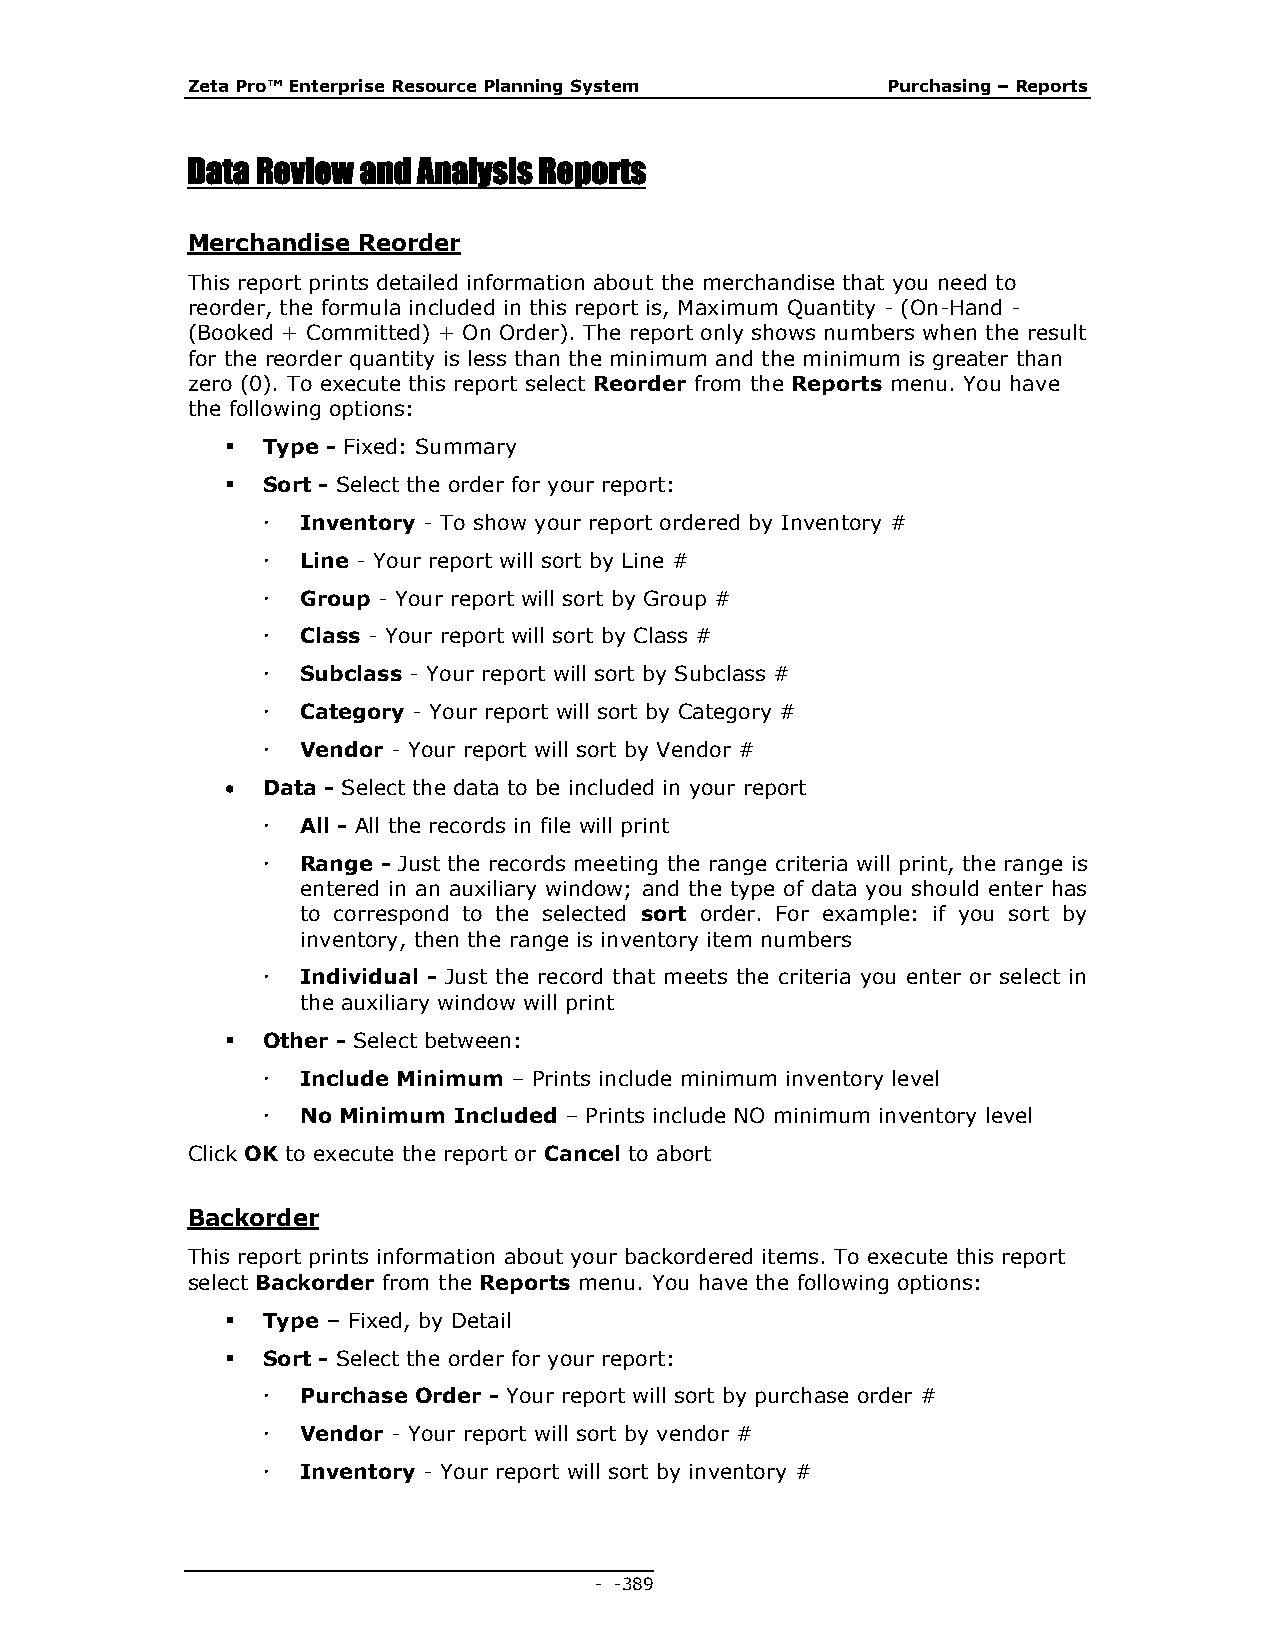
Zeta Pro™ Enterprise Resource Planning System  Purchasing – Reports
 Data Review and Analysis Reports
 Merchandise Reorder
 This report prints detailed information about the merchandise that you need to
 reorder, the formula included in this report is, Maximum Quantity - (On-Hand -
 (Booked + Committed) + On Order). The report only shows numbers when the result
 for the reorder quantity is less than the minimum and the minimum is greater than
 zero (0). To execute this report select Reorder from the Reports menu. You have
 the following options:
  Type - Fixed: Summary
  Sort - Select the order for your report:
   Inventory - To show your report ordered by Inventory #
   Line - Your report will sort by Line #
   Group - Your report will sort by Group #
   Class - Your report will sort by Class #
   Subclass - Your report will sort by Subclass #
   Category - Your report will sort by Category #
   Vendor - Your report will sort by Vendor #
  Data - Select the data to be included in your report
   All - All the records in file will print
   Range - Just the records meeting the range criteria will print, the range is
 entered in an auxiliary window; and the type of data you should enter has
 to correspond to the selected sort order. For example: if you sort by
 inventory, then the range is inventory item numbers
   Individual - Just the record that meets the criteria you enter or select in
 the auxiliary window will print
  Other - Select between:
   Include Minimum – Prints include minimum inventory level
   No Minimum Included – Prints include NO minimum inventory level
 Click OK to execute the report or Cancel to abort
 Backorder
 This report prints information about your backordered items. To execute this report
 select Backorder from the Reports menu. You have the following options:
  Type – Fixed, by Detail
  Sort - Select the order for your report:
   Purchase Order - Your report will sort by purchase order #
   Vendor - Your report will sort by vendor #
   Inventory - Your report will sort by inventory #
 - - 389